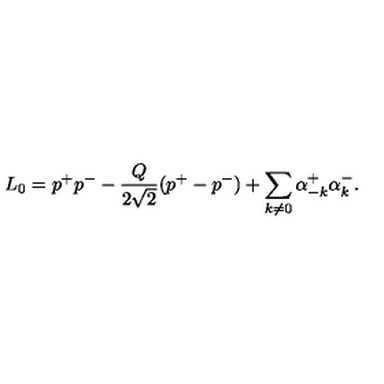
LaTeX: L _ { 0 } = p ^ { + } p ^ { - } - \frac { Q } { 2 \sqrt { 2 } } ( p ^ { + } - p ^ { - } ) + \sum _ { k \ne 0 } \alpha _ { - k } ^ { + } \alpha _ { k } ^ { - } .